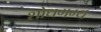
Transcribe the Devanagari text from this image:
शोधगम्‍य